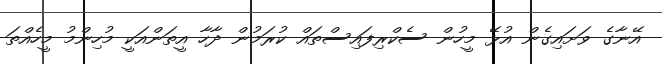
އޭނާގެ ވަށައިގެން އުޅޭ މީހުން ސެކްރިފައިސްތައް ކުރަމުން ދާހާ އީތަންއަކީ މުހިންމު މީހެއްތަ